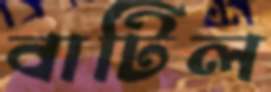
বাটিল